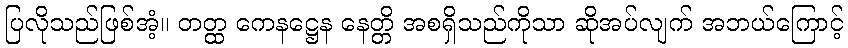
ပြလိုသည်ဖြစ်အံ့။ တတ္ထ ကေနဋ္ဌေန နေတ္တိ အစရှိသည်ကိုသာ ဆိုအပ်လျက် အဘယ်ကြောင့်